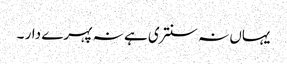
یہاں نہ سنتری ہے نہ پہرے دار ۔